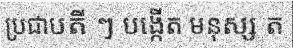
ប្រជាបតី ៗ បង្កើត មនុស្ស ត